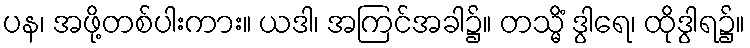
ပန၊ အဖို့တစ်ပါးကား။ ယဒါ၊ အကြင်အခါ၌။ တသ္မိံ ဒွါရေ၊ ထိုဒွါရ၌။